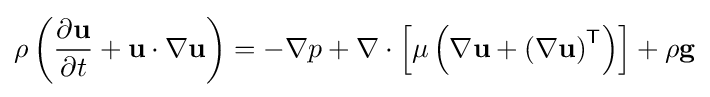
\rho \left({\frac {\partial \mathbf {u} }{\partial t}}+\mathbf {u} \cdot \nabla \mathbf {u} \right)=-\nabla p+\nabla \cdot \left[\mu \left(\nabla \mathbf {u} +\left(\nabla \mathbf {u} \right)^{\mathsf {T}}\right)\right]+\rho \mathbf {g}